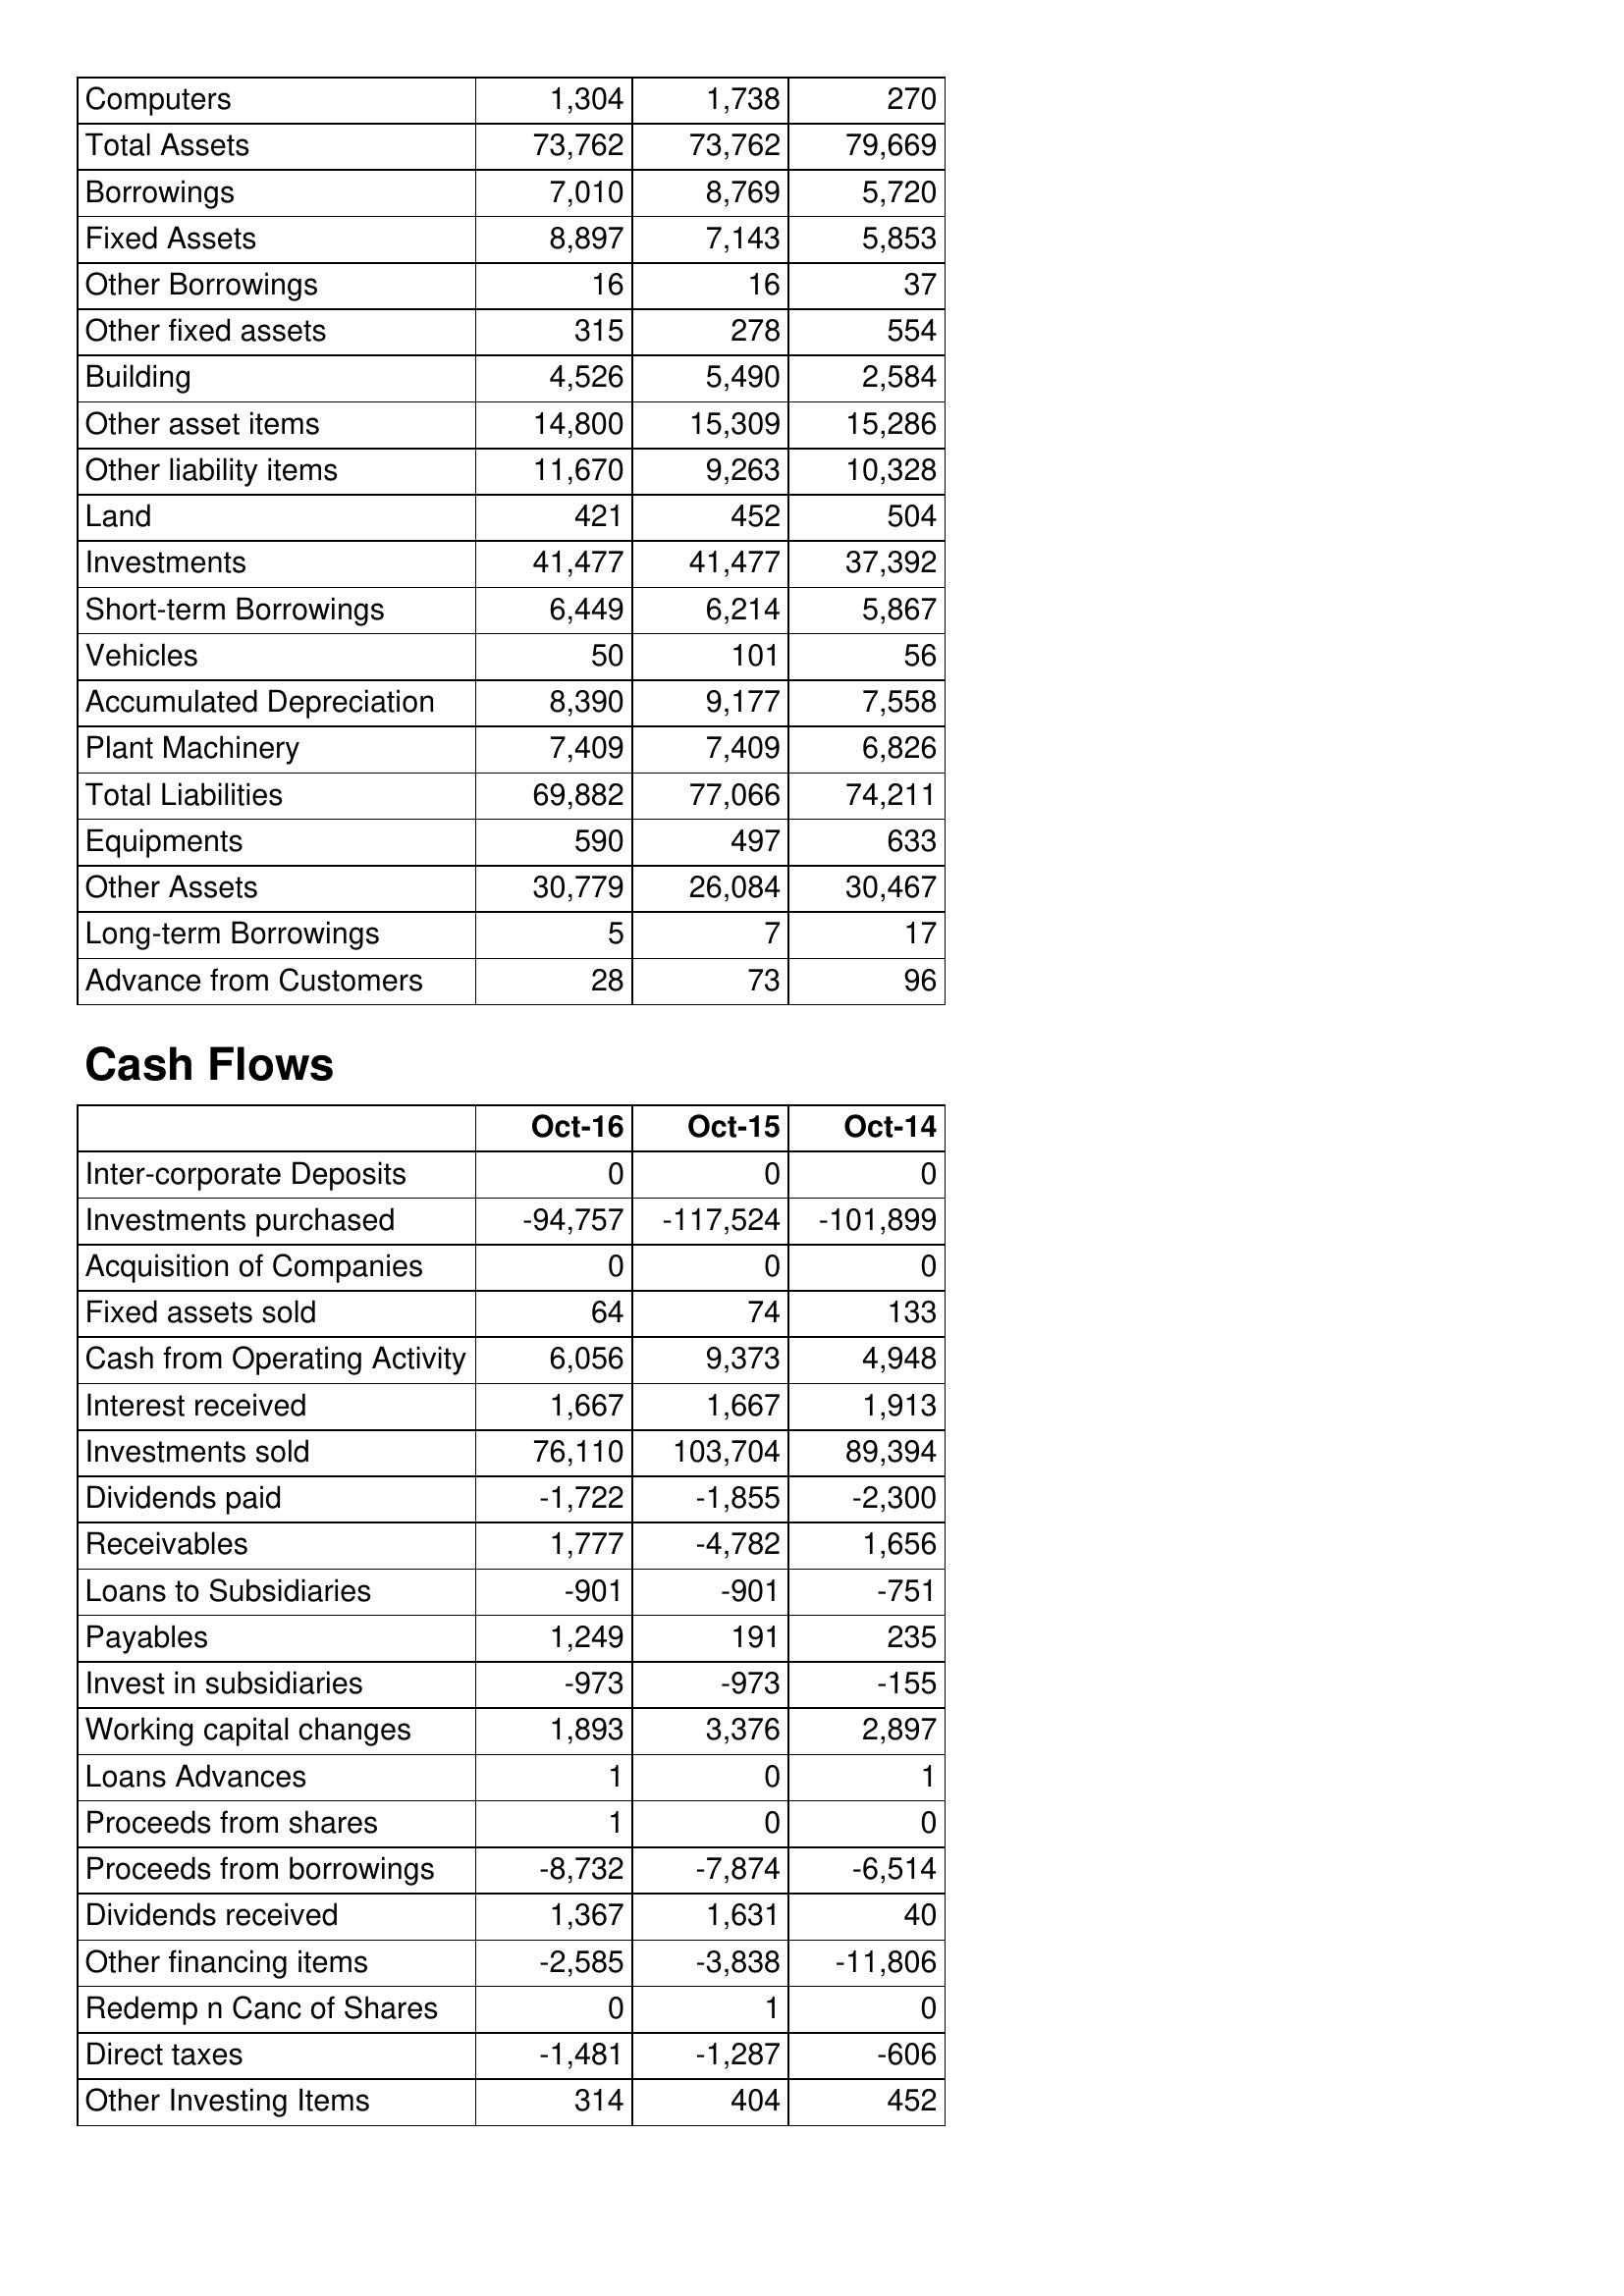
Oct-16: Balance Sheet: Computers: 1,304
Total Assets: 73,762
Borrowings: 7,010
Fixed Assets: 8,897
Other Borrowings: 16
Other fixed assets: 315
Building: 4,526
Other asset items: 14,800
Other liability items: 11,670
Land: 421
Investments: 41,477
Short-term Borrowings: 6,449
Vehicles: 50
Accumulated Depreciation: 8,390
Plant Machinery: 7,409
Total Liabilities: 69,882
Equipments: 590
Other Assets: 30,779
Long-term Borrowings: 5
Advance from Customers: 28
Cash Flows: Inter-corporate Deposits: 0
Investments purchased: -94,757
Acquisition of Companies: 0
Fixed assets sold: 64
Cash from Operating Activity: 6,056
Interest received: 1,667
Investments sold: 76,110
Dividends paid: -1,722
Receivables: 1,777
Loans to Subsidiaries: -901
Payables: 1,249
Invest in subsidiaries: -973
Working capital changes: 1,893
Loans Advances: 1
Proceeds from shares: 1
Proceeds from borrowings: -8,732
Dividends received: 1,367
Other financing items: -2,585
Redemp n Canc of Shares: 0
Direct taxes: -1,481
Other Investing Items: 314
Oct-15: Balance Sheet: Computers: 1,738
Total Assets: 73,762
Borrowings: 8,769
Fixed Assets: 7,143
Other Borrowings: 16
Other fixed assets: 278
Building: 5,490
Other asset items: 15,309
Other liability items: 9,263
Land: 452
Investments: 41,477
Short-term Borrowings: 6,214
Vehicles: 101
Accumulated Depreciation: 9,177
Plant Machinery: 7,409
Total Liabilities: 77,066
Equipments: 497
Other Assets: 26,084
Long-term Borrowings: 7
Advance from Customers: 73
Cash Flows: Inter-corporate Deposits: 0
Investments purchased: -117,524
Acquisition of Companies: 0
Fixed assets sold: 74
Cash from Operating Activity: 9,373
Interest received: 1,667
Investments sold: 103,704
Dividends paid: -1,855
Receivables: -4,782
Loans to Subsidiaries: -901
Payables: 191
Invest in subsidiaries: -973
Working capital changes: 3,376
Loans Advances: 0
Proceeds from shares: 0
Proceeds from borrowings: -7,874
Dividends received: 1,631
Other financing items: -3,838
Redemp n Canc of Shares: 1
Direct taxes: -1,287
Other Investing Items: 404
Oct-14: Balance Sheet: Computers: 270
Total Assets: 79,669
Borrowings: 5,720
Fixed Assets: 5,853
Other Borrowings: 37
Other fixed assets: 554
Building: 2,584
Other asset items: 15,286
Other liability items: 10,328
Land: 504
Investments: 37,392
Short-term Borrowings: 5,867
Vehicles: 56
Accumulated Depreciation: 7,558
Plant Machinery: 6,826
Total Liabilities: 74,211
Equipments: 633
Other Assets: 30,467
Long-term Borrowings: 17
Advance from Customers: 96
Cash Flows: Inter-corporate Deposits: 0
Investments purchased: -101,899
Acquisition of Companies: 0
Fixed assets sold: 133
Cash from Operating Activity: 4,948
Interest received: 1,913
Investments sold: 89,394
Dividends paid: -2,300
Receivables: 1,656
Loans to Subsidiaries: -751
Payables: 235
Invest in subsidiaries: -155
Working capital changes: 2,897
Loans Advances: 1
Proceeds from shares: 0
Proceeds from borrowings: -6,514
Dividends received: 40
Other financing items: -11,806
Redemp n Canc of Shares: 0
Direct taxes: -606
Other Investing Items: 452